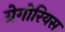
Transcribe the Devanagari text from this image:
ग्रेगोरियस